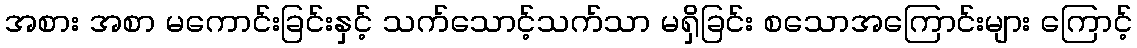
အစား အစာ မကောင်းခြင်းနှင့် သက်သောင့်သက်သာ မရှိခြင်း စသောအကြောင်းများ ကြောင့်